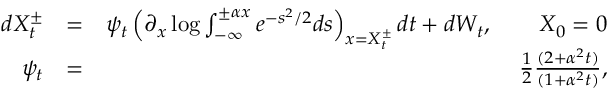
\begin{array} { r l r } { d X _ { t } ^ { \pm } } & { = } & { \psi _ { t } \left( \partial _ { x } \log \int _ { - \infty } ^ { \pm \alpha x } e ^ { - s ^ { 2 } / 2 } d s \right) _ { x = X _ { t } ^ { \pm } } d t + d W _ { t } , \qquad X _ { 0 } = 0 } \\ { \psi _ { t } } & { = } & { \frac { 1 } { 2 } \frac { ( 2 + \alpha ^ { 2 } t ) } { ( 1 + \alpha ^ { 2 } t ) } , } \end{array}